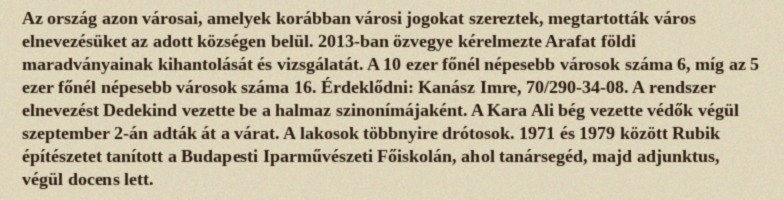
Az ország azon városai, amelyek korábban városi jogokat szereztek, megtartották város elnevezésüket az adott községen belül. 2013-ban özvegye kérelmezte Arafat földi maradványainak kihantolását és vizsgálatát. A 10 ezer főnél népesebb városok száma 6, míg az 5 ezer főnél népesebb városok száma 16. Érdeklődni: Kanász Imre, 70/290-34-08. A rendszer elnevezést Dedekind vezette be a halmaz szinonímájaként. A Kara Ali bég vezette védők végül szeptember 2-án adták át a várat. A lakosok többnyire drótosok. 1971 és 1979 között Rubik építészetet tanított a Budapesti Iparművészeti Főiskolán, ahol tanársegéd, majd adjunktus, végül docens lett.